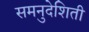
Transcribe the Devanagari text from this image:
समनुदेशिती